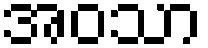
အဝသာ